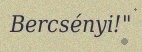
Bercsényi!"